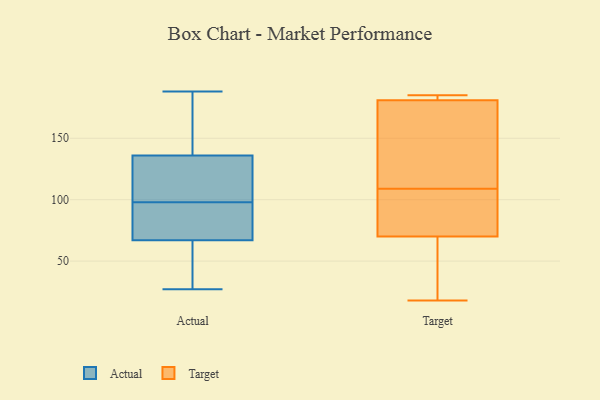
{"axis": {"x": "Inventory Turnover", "y": "Value"}, "legend": ["Actual", "Target"], "data": [{"x": "", "y": 88, "type": "Actual"}, {"x": "", "y": 35, "type": "Actual"}, {"x": "", "y": 72, "type": "Actual"}, {"x": "", "y": 67, "type": "Actual"}, {"x": "", "y": 182, "type": "Actual"}, {"x": "", "y": 27, "type": "Actual"}, {"x": "", "y": 188, "type": "Actual"}, {"x": "", "y": 127, "type": "Actual"}, {"x": "", "y": 118, "type": "Actual"}, {"x": "", "y": 82, "type": "Actual"}, {"x": "", "y": 158, "type": "Actual"}, {"x": "", "y": 136, "type": "Actual"}, {"x": "", "y": 108, "type": "Actual"}, {"x": "", "y": 29, "type": "Actual"}, {"x": "", "y": 100, "type": "Target"}, {"x": "", "y": 70, "type": "Target"}, {"x": "", "y": 184, "type": "Target"}, {"x": "", "y": 182, "type": "Target"}, {"x": "", "y": 185, "type": "Target"}, {"x": "", "y": 89, "type": "Target"}, {"x": "", "y": 53, "type": "Target"}, {"x": "", "y": 161, "type": "Target"}, {"x": "", "y": 110, "type": "Target"}, {"x": "", "y": 114, "type": "Target"}, {"x": "", "y": 181, "type": "Target"}, {"x": "", "y": 18, "type": "Target"}, {"x": "", "y": 20, "type": "Target"}, {"x": "", "y": 108, "type": "Target"}]}